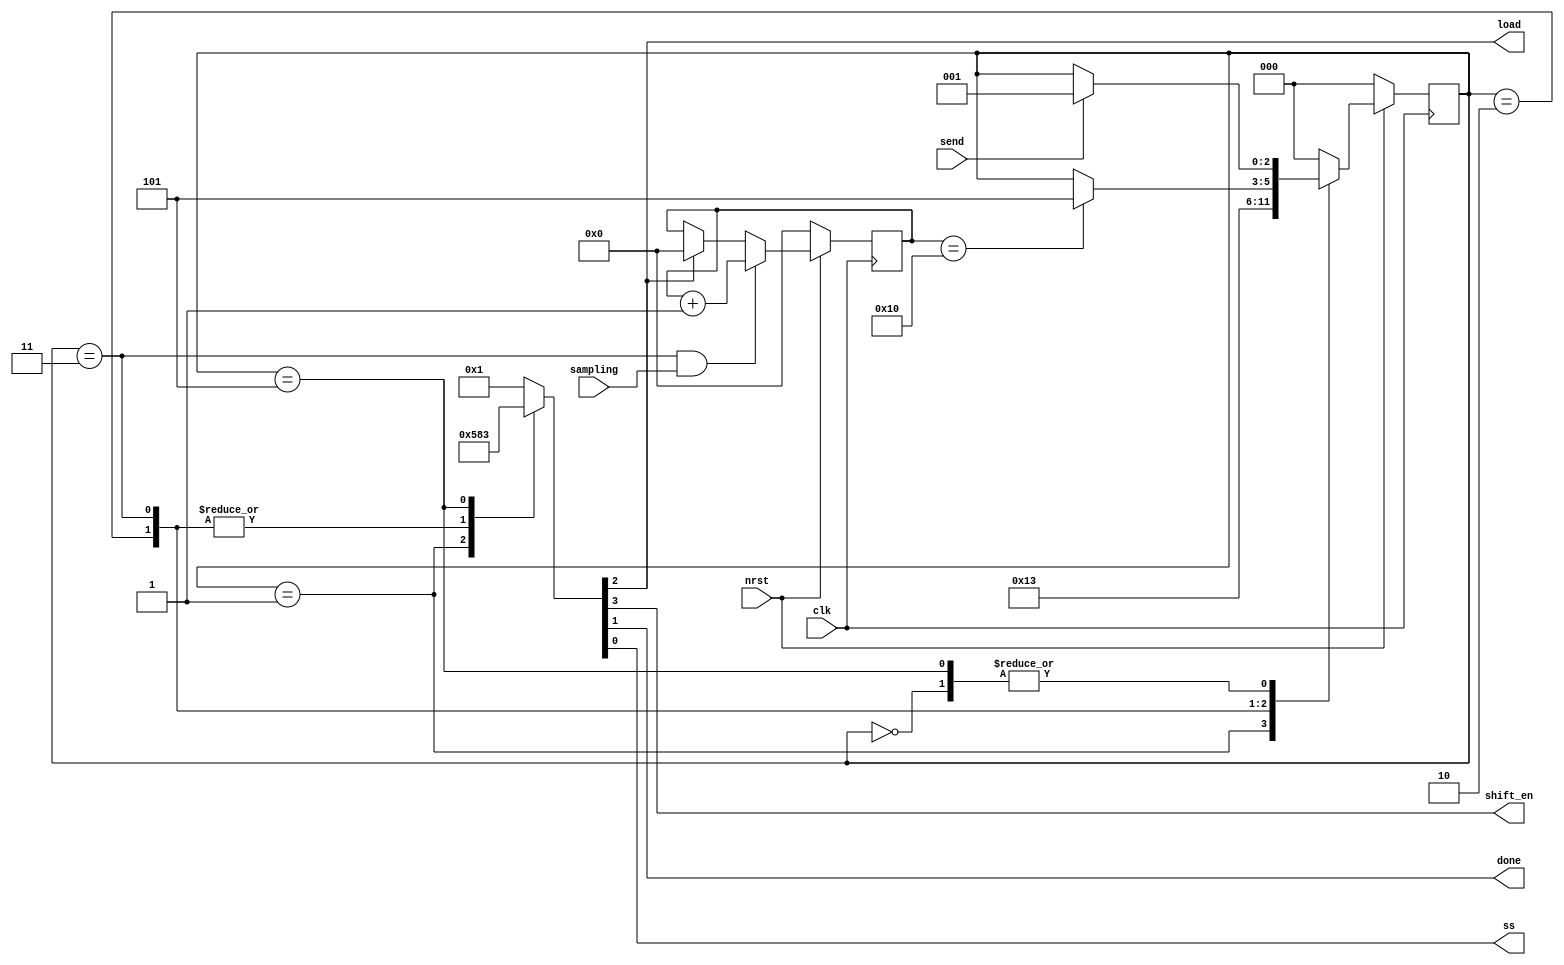
`timescale 1ns / 1ps

module control(
	input clk, nrst, send, sampling,
	output reg shift_en, done, load, ss
   );
	 
localparam [2:0]
	Init 	= 3'b000,
	Load 	= 3'b001,
	Wait1 = 3'b010,
	Shift = 3'b011,
	Wait2	= 3'b100,
	Done 	= 3'b101;
	
reg [2:0] curr_state, next_state;
reg [4:0] cnt;

	always @ (posedge clk)
	begin
		if(!nrst)
			curr_state <= Init;
		else
			curr_state <= next_state;
	end
	
	always @ (posedge clk)
	begin
		if(!nrst)
			cnt <= 0;
		else if((curr_state == Shift) & (sampling))
			cnt <= cnt + 1;
		else if(load)
			cnt <= 0;
		else
			cnt <= cnt;
	end

	always @ (*)
	begin
		case(curr_state)
			Init:
			begin
				{shift_en, load, done, ss} <= 4'b0001;
				
				if(send)
					next_state <= Load;
				else
					next_state <= curr_state;
			end
			
			Load:
			begin
				{shift_en, load, done, ss} <= 4'b0101;
				
				next_state <= Wait1;
			end
			
			Wait1:
			begin
				{shift_en, load, done, ss} <= 4'b1000;
				
				next_state <= Shift;
			end
			
			Shift:
			begin
				{shift_en, load, done, ss} <= 4'b1000;
				
				if(cnt == 16)
					next_state <= Done;
				else
					next_state <= curr_state;
			end
			
			/*Wait2:
			begin
				{shift_en, load, done, ss} <= 4'b1000;
				
				next_state <= Done;
			end*/
			
			Done:
			begin
				{shift_en, load, done, ss} <= 4'b0011;
				
				if(send)
					next_state <= Load;
				else	
					next_state <= curr_state;
			end
			
			default:
			begin
				{shift_en, load, done, ss} <= 4'b0001;
				
				next_state <= Init;
			end
		endcase
	end


endmodule